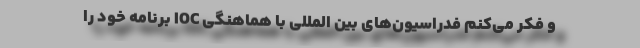
و فکر می‌کنم فدراسیون‌های بین المللی با هماهنگی IOC برنامه خود را